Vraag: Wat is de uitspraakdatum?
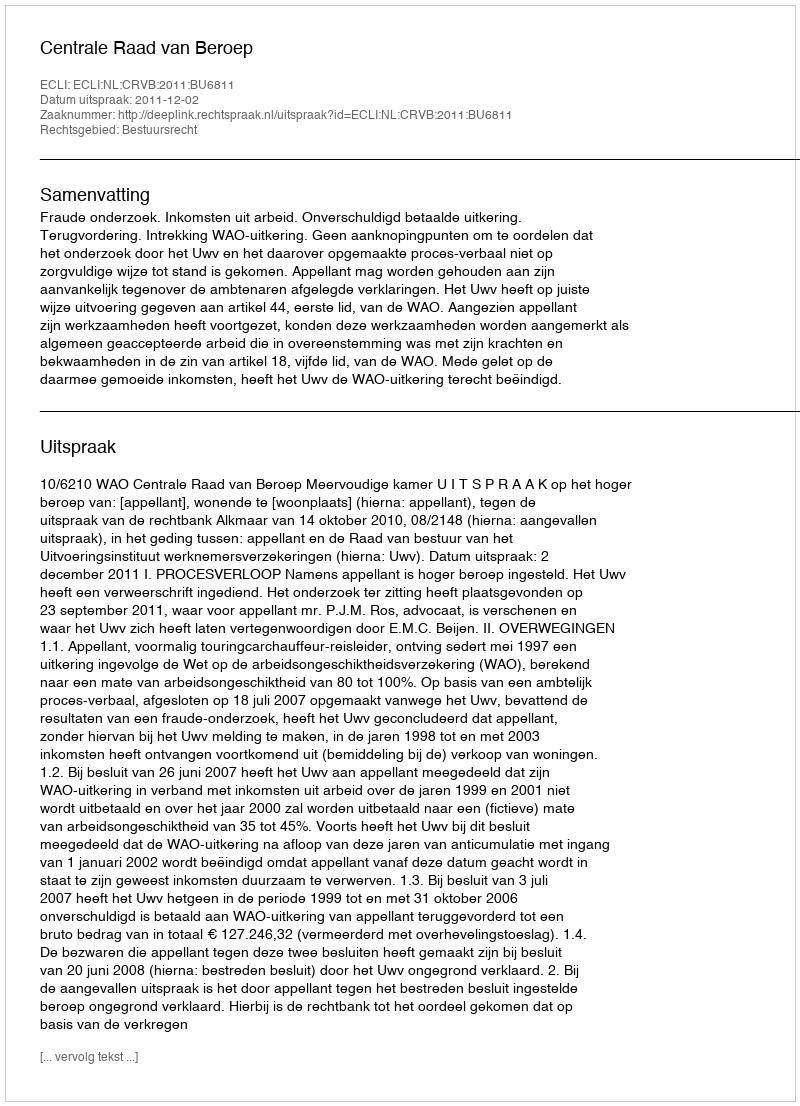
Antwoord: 2011-12-02